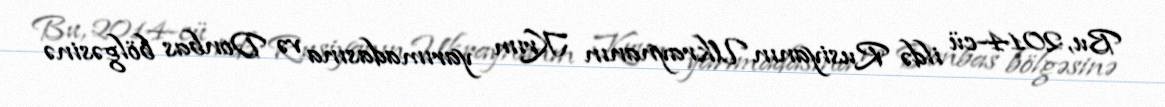
Bu, 2014-cü ildə Rusiyanın Ukraynanın Krım yarımadasına və Donbas bölgəsinə